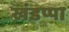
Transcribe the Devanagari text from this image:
खंडप्पा